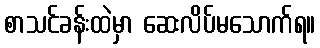
စာသင်ခန်းထဲမှာ ဆေးလိပ်မသောက်ရ။